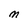
Character: m